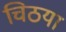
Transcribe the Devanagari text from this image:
चिठया